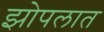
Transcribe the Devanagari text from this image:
झोपलात